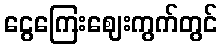
ငွေကြေးဈေးကွက်တွင်